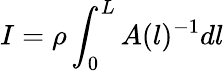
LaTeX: I=\rho\int_{0}^{L}A(l)^{-1}dl